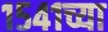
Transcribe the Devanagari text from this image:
१५४१च्या